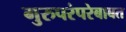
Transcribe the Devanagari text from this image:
गुरुपरंपरेबाबत